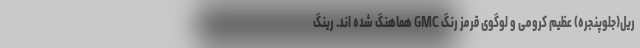
ریل(جلوپنجره) عظیم کرومی و لوگوی قرمز رنگ GMC هماهنگ شده اند. رینگ